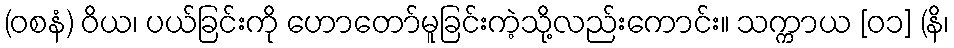
(ဝစနံ) ဝိယ၊ ပယ်ခြင်းကို ဟောတော်မူခြင်းကဲ့သို့လည်းကောင်း။ သက္ကာယ [၀၁] (နိ၊